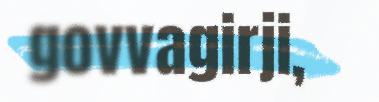
govvagirji,